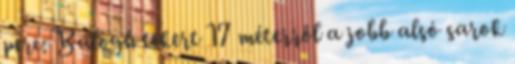
perc: Balogh tekert 17 méterről a jobb alsó sarok